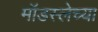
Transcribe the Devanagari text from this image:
मॉडस्लेच्या